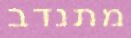
מתנדב